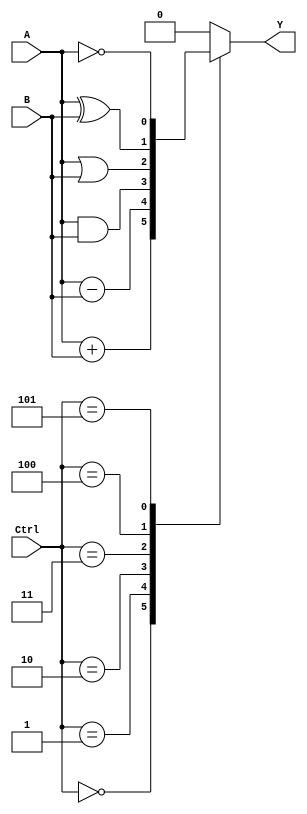
module ALU_1bit (
    input wire A,
    input wire B,
    input wire [2:0] Ctrl,
    output reg Y
);

reg Add_out, Sub_out, And_out, Or_out, Xor_out, Not_out;

// Adder block
assign Add_out = A + B;

// Subtractor block
assign Sub_out = A - B;

// AND gate block
assign And_out = A & B;

// OR gate block
assign Or_out = A | B;

// XOR gate block
assign Xor_out = A ^ B;

// NOT gate block
assign Not_out = ~A;

always @ (*) begin
    case (Ctrl)
        3'b000: Y = Add_out;
        3'b001: Y = Sub_out;
        3'b010: Y = And_out;
        3'b011: Y = Or_out;
        3'b100: Y = Xor_out;
        3'b101: Y = Not_out;
        default: Y = 1'b0; // Default operation is set to 0
    endcase
end

endmodule